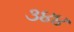
૩૪૪